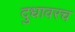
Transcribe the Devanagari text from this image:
दुधावरच